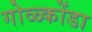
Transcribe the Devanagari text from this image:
गोळ्कोंडा